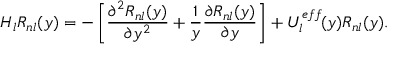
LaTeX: { \cal H } _ { l } R _ { n l } ( y ) = - \left[ \frac { \partial ^ { 2 } R _ { n l } ( y ) } { \partial y ^ { 2 } } + \frac { 1 } { y } \frac { \partial R _ { n l } ( y ) } { \partial y } \right] + U _ { l } ^ { e f f } \! ( y ) R _ { n l } ( y ) .